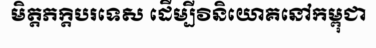
មិត្តភក្តិបរទេស ដើម្បីវិនិយោគនៅកម្ពុជា